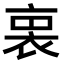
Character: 𧙬